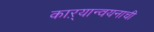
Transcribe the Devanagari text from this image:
काऱ्यान्वयनाची